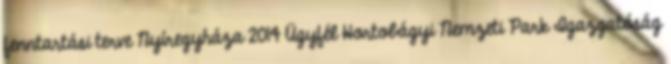
fenntartási terve Nyíregyháza 2014 Ügyfél Hortobágyi Nemzeti Park Igazgatóság